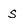
Character: s